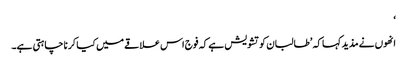
‘
انھوں نے مذید کہا کہ ’طالبان کو تشویش ہے کہ فوج اس علاقے میں کیا کر نا چاہتی ہے۔